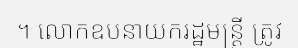
។ លោកឧបនាយករដ្ឋមន្ត្រី ត្រូវ